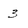
Character: 3